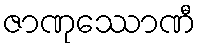
ဇာဏုဿောဏီ